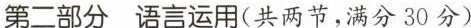
第二部分语言运用(共两节,满分30分)